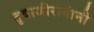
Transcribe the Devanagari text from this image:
तुबाजीरावांनी